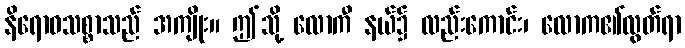
နိရောဓသစ္စာသည် အကျိုး။ ဤသို့ လောကီ နယ်၌ လည်းကောင်း၊ လောက၏လွတ်ရာ